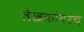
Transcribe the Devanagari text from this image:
लेखकांवरच